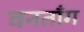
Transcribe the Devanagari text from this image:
वनतॉंग